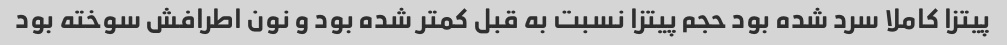
پیتزا کاملا سرد شده بود حجم پیتزا نسبت به قبل کمتر شده بود و نون اطرافش سوخته بود